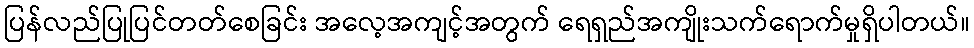
ပြန်လည်ပြုပြင်တတ်စေခြင်း အလေ့အကျင့်အတွက် ရေရှည်အကျိုးသက်ရောက်မှုရှိပါတယ်။